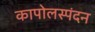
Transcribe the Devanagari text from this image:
कापोलस्पंदन